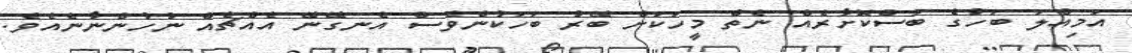
އަމިއްލަ ބަހުގެ ބަސްކޮށާރެއް ނެތް މީހަކަށް ބޭރު ބަހަކުންވެސް އެނގޭނޭ އެއްޗެއް ނުހުންނާނެއެވެ.